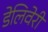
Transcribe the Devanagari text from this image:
डेलिवेरी